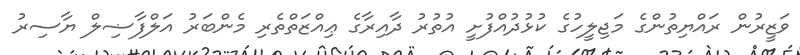
ވަޒީރުން ރައްޔިތުންގެ މަޖިލީހުގެ ކުޅުދުއްފުށީ އުތުރު ދާއިރާގެ ޢިއްޒަތްތެރި މެންބަރު އަލްފާޟިލް ޔާސިރު